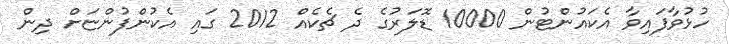
ހުޅުވާފައިވާ އެކައުންޓުން 10000 ޑޮލަރުގެ ދެ ޗެކެއް 2012 ގައި އެކުންފުންޏަށް ދިން